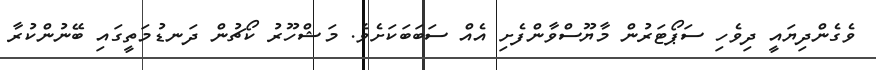
ވެގެންދިޔައީ ދިވެހި ސަޕޯޓަރުން މާޔޫސްވާންފެށި އެއް ސަބަބަކަށެވެ. މަޝްހޫރު ކޯޗުން ދަނޑުމަތީގައި ބޭނުންކުރާ